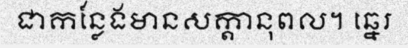
ជាកន្លែងមានសក្តានុពល។ ឆ្នេរ